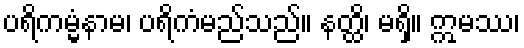
ပရိကမ္မံနာမ၊ ပရိကံမည်သည်။ နတ္ထိ၊ မရှိ။ ဣမဿ၊